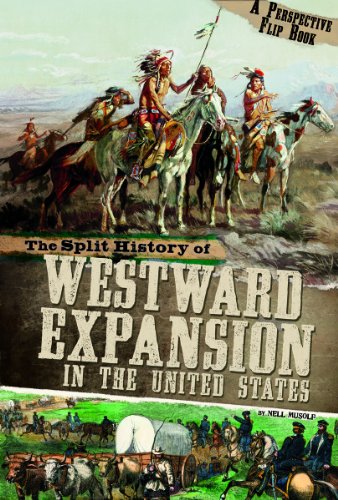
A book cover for The Split History of Westward Expansion in the United States: A Perspectives Flip Book (Perspectives Flip Books); Nell Musolf; Children's Books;